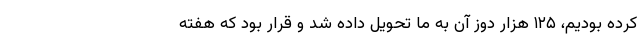
کرده بودیم، ۱۲۵ هزار دوز آن به ما تحویل داده شد و قرار بود که هفته